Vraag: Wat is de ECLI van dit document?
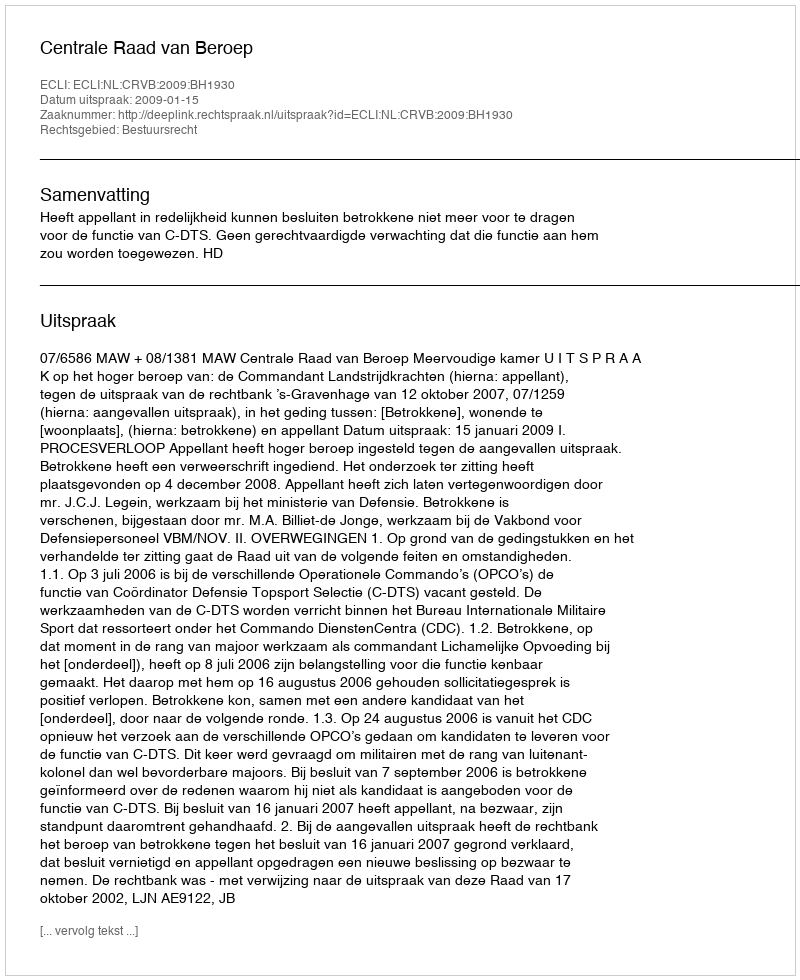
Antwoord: ECLI:NL:CRVB:2009:BH1930